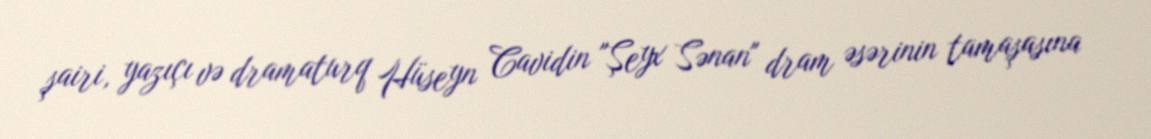
şairi, yazıçı və dramaturq Hüseyn Cavidin "Şeyx Sənan" dram əsərinin tamaşasına